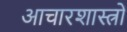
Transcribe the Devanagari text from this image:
आचारशास्त्रों